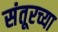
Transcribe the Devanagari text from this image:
संतूरच्या